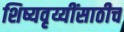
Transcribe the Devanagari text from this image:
शिष्यवृय्यींसाठीच